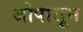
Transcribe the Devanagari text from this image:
जोपासून